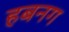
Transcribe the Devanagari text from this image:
हबनग